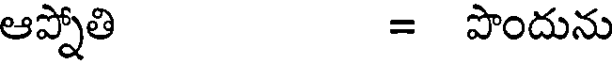
ఆప్నోతి = పొందును